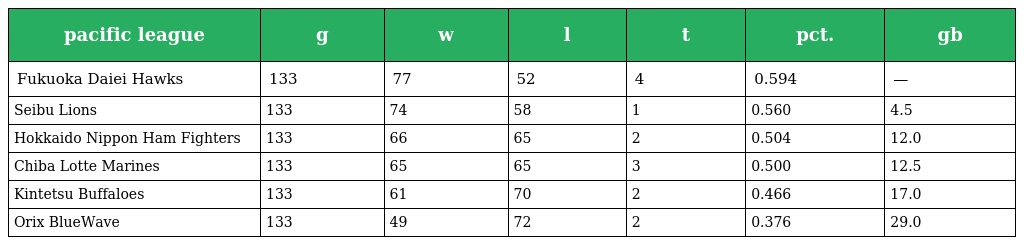
| pacific league | g | w | l | t | pct. | gb |
 | --- | --- | --- | --- | --- | --- | --- |
 | Fukuoka Daiei Hawks | 133 | 77 | 52 | 4 | 0.594 | — |
 | Seibu Lions | 133 | 74 | 58 | 1 | 0.560 | 4.5 |
 | Hokkaido Nippon Ham Fighters | 133 | 66 | 65 | 2 | 0.504 | 12.0 |
 | Chiba Lotte Marines | 133 | 65 | 65 | 3 | 0.500 | 12.5 |
 | Kintetsu Buffaloes | 133 | 61 | 70 | 2 | 0.466 | 17.0 |
 | Orix BlueWave | 133 | 49 | 72 | 2 | 0.376 | 29.0 |